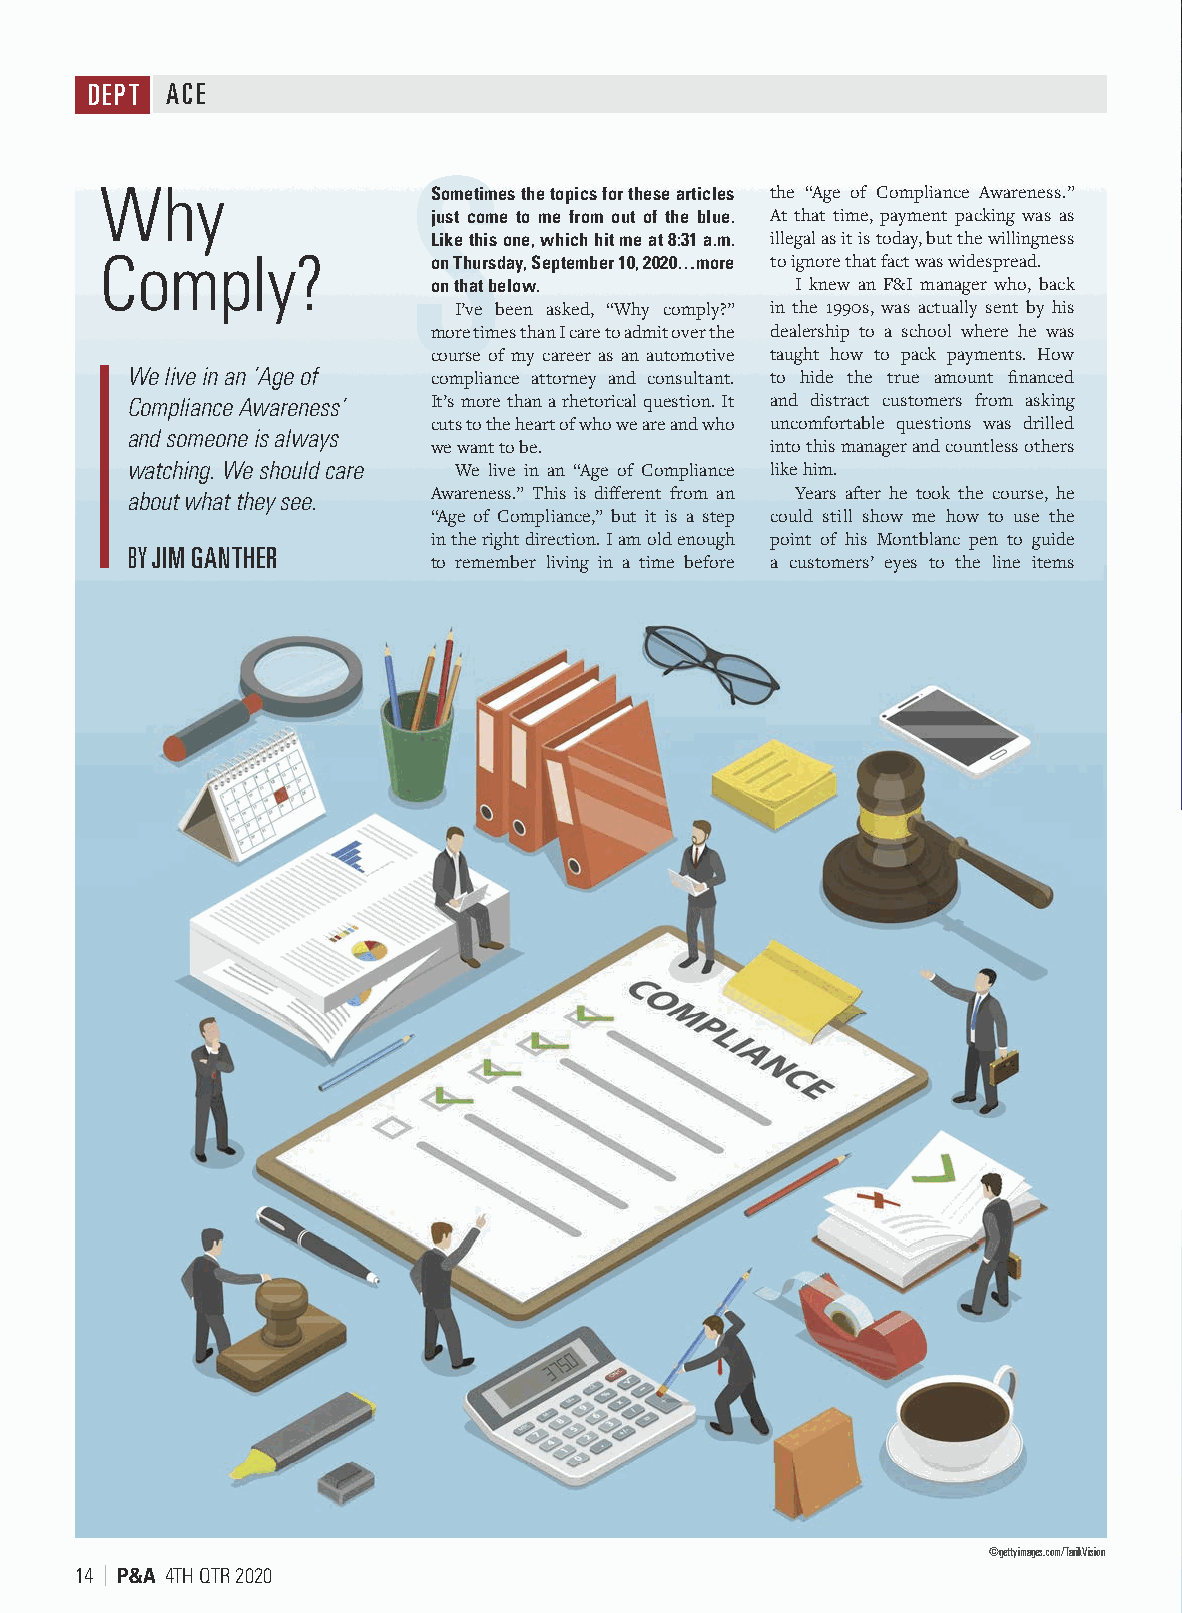
SHARING                           THIS
 DEPT ACE
 S
 Why                  Sometimes the topics for these articles the “Age of Compliance Awareness.” COPY OF                   ?
 just come to me from out of the blue. At that time, payment packing was as
 Like this one, which hit me at 8:31 a.m. illegal as it is today, but the willingness
 Comply?              on Thursday, September 10, 2020…more to ignore that fact was widespread.
 on that below.           I knew an F&I manager who, back
 I’ve been asked, “Why comply?” in the 1990s, was actually sent by his
 more times than I care to admit over the dealership to a school where he was
 course of my career as an automotive taught how to pack payments. How       Get    Your      Own!
 We live in an ‘Age of compliance attorney and consultant. to hide the true amount fi nanced
 Compliance Awareness’ It’s more than a rhetorical question. It and distract customers from asking
 cuts to the heart of who we are and who uncomfortable questions was drilled Digital  Edition  Subscription    Available
 and someone is always
 we want to be.         into this manager and countless others
 The industry’s leading source for providers and administrators
 watching. We should care We live in an “Age of Compliance like him.
 of automotive finance and insurance products.
 about what they see. Awareness.” This is diff erent from an Years after he took the course, he
 “Age of Compliance,” but it is a step could still show me how to use the    ú
 The On-Demand Style You Deserve
 in the right direction. I am old enough point of his Montblanc pen to guide
 BY JIM GANTHER                                                                                  ú
 to remember living in a time before a customers’ eyes to the line items       Get Access To All Previous Issues
 ú
 providers-administrators.com/subscribe
 Engage   In The Full Providers & Administrators Experience
 Providers & Administrators          Webinars
 eNews
 A powerful way to receive much-needed training
 and information.
 Insights for automotive finance and insurance
 product providers and administrators cherry- ú
 Robust and Dedicated Content
 picked for your inbox.               ú
 On-Demand When You Need It
 ú
 Latest News & Product Info
 ú
 Updates on Events Around the Country
 Our Social Side                           In Person
 We consider this our two-way radio with our Discuss high-level issues facing the auto finance
 readers. Engage with us.             industry today.
 ú                                    ú
 Network with Your Industry          Includes networking receptions, educational
 ú
 New Content Daily                   sessions, expert-led panels, and valuable
 ú            
 Find Us Here:                       training opportunities.
 ú
 industrysummit.com
 Visit providers-administrators.com/Subscribe
 To Level-Up Your Providers & Administrators Experience
 ©gettyimages.com/TarikVision
 14 | P&A 4TH QTR 2020                                                                                                                      PA06-11932.20
 PPAAQQ44––22002200__AACCEE..iinndddd 1144                             99//2255//2200 22::1100 PPMM